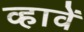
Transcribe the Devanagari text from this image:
व्हावें